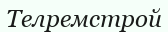
Телремстрой